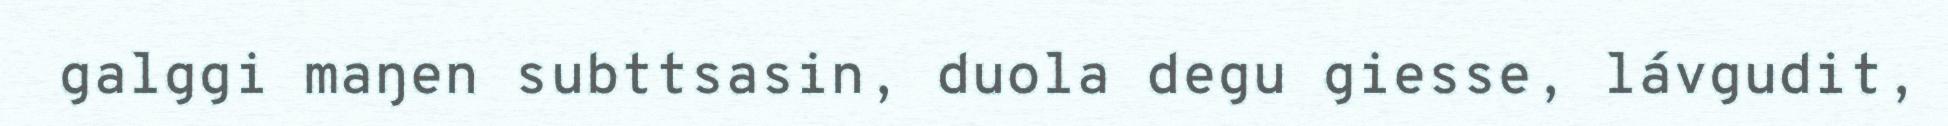
galggi maŋen subttsasin, duola degu giesse, lávgudit,